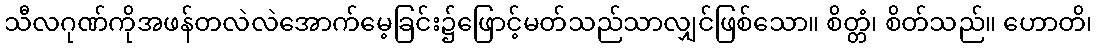
သီလဂုဏ်ကိုအဖန်တလဲလဲအောက်မေ့ခြင်း၌ဖြောင့်မတ်သည်သာလျှင်ဖြစ်သော။ စိတ္တံ၊ စိတ်သည်။ ဟောတိ၊